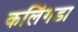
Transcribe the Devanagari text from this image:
कलिंगडा